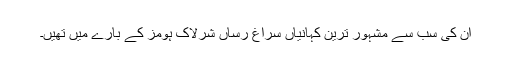
اِن کی سب سے مشہور ترین کہانیاں سراغ رساں شرلاک ہومز کے بارے میں تھیں۔